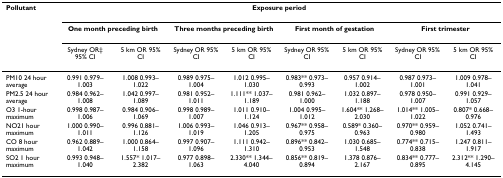
<table><thead><tr><td><b>Pollutant</b></td><td colspan="8"><b>Exposure period</b></td></tr><tr><td></td><td colspan="2"><b>One month preceding birth</b></td><td colspan="2"><b>Three months preceding birth</b></td><td colspan="2"><b>First month of gestation</b></td><td colspan="2"><b>First trimester</b></td></tr><tr><td></td><td><b>Sydney OR‡ 95% CI</b></td><td><b>5 km OR 95% CI</b></td><td><b>Sydney OR 95% CI</b></td><td><b>5 km OR 95% CI</b></td><td><b>Sydney OR 95% CI</b></td><td><b>5 km OR 95% CI</b></td><td><b>Sydney OR 95% CI</b></td><td><b>5 km OR 95% CI</b></td></tr></thead><tbody><tr><td>PM10 24 hour average</td><td>0.991 0.979–1.003</td><td>1.008 0.993–1.022</td><td>0.989 0.975–1.004</td><td>1.012 0.995–1.030</td><td>0.983** 0.973–0.993</td><td>0.957 0.914–1.002</td><td>0.987 0.973–1.001</td><td>1.009 0.978–1.041</td></tr><tr><td>PM2.5 24 hour average</td><td>0.984 0.962–1.008</td><td>1.042 0.997–1.089</td><td>0.981 0.952–1.011</td><td>1.111** 1.037–1.189</td><td>0.981 0.962–1.000</td><td>1.032 0.897–1.188</td><td>0.978 0.950–1.007</td><td>0.991 0.929–1.057</td></tr><tr><td>O3 1-hour maximum</td><td>0.998 0.987–1.006</td><td>0.984 0.906–1.069</td><td>0.998 0.989–1.007</td><td>1.011 0.910–1.124</td><td>1.004 0.995–1.012</td><td>1.604** 1.268–2.030</td><td>1.014** 1.005–1.022</td><td>0.807* 0.668–0.976</td></tr><tr><td>NO21 hour maximum</td><td>1.000 0.990–1.011</td><td>0.996 0.881–1.126</td><td>1.006 0.993–1.019</td><td>1.046 0.913–1.205</td><td>0.967** 0.958–0.975</td><td>0.589* 0.360–0.963</td><td>0.970** 0.959–0.980</td><td>1.052 0.741–1.493</td></tr><tr><td>CO 8 hour maximum</td><td>0.962 0.889–1.042</td><td>1.000 0.864–1.158</td><td>0.997 0.907–1.096</td><td>1.111 0.942–1.310</td><td>0.896** 0.842–0.953</td><td>1.030 0.685–1.548</td><td>0.774** 0.715–0.838</td><td>1.247 0.811–1.917</td></tr><tr><td>SO2 1 hour maximum</td><td>0.993 0.948–1.040</td><td>1.557* 1.017–2.382</td><td>0.977 0.898–1.063</td><td>2.330** 1.344–4.040</td><td>0.856** 0.819–0.894</td><td>1.378 0.876–2.167</td><td>0.834** 0.777–0.895</td><td>2.312** 1.290–4.145</td></tr></tbody></table>